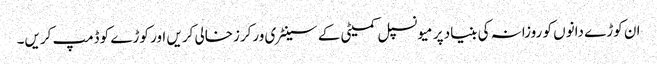
ان کوڑے دانوں کو روزانہ کی بنیاد پر میونسپل کمیٹی کے سینٹری ورکرزخالی کریں اور کوڑے کو ڈمپ کریں۔